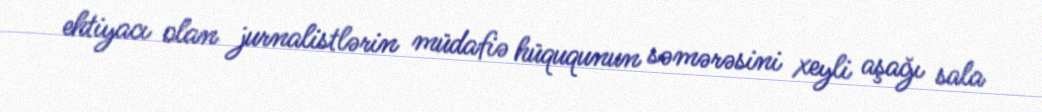
ehtiyacı olan jurnalistlərin müdafiə hüququnun səmərəsini xeyli aşağı sala